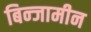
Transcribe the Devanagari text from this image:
बिन्जामीन